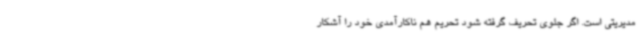
مدیریتی است. اگر جلوی تحریف گرفته شود تحریم هم ناکارآمدی خود را آشکار